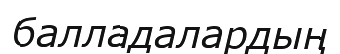
балладалардың